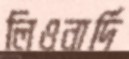
লিওনার্দি